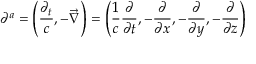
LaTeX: \partial ^ { a } = \left( { \frac { \partial _ { t } } { c } } , - { \vec { \nabla } } \right) = \left( { \frac { 1 } { c } } { \frac { \partial } { \partial t } } , - { \frac { \partial } { \partial x } } , - { \frac { \partial } { \partial y } } , - { \frac { \partial } { \partial z } } \right)